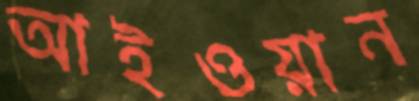
আইওয়ান